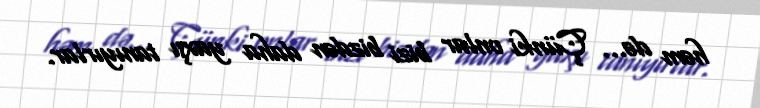
həm də… Çünki onlar bizi bizdən daha yaxşı tanıyırlar.